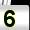
Digit: 5